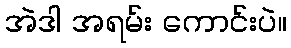
အဲဒါ အရမ်း ကောင်းပဲ။